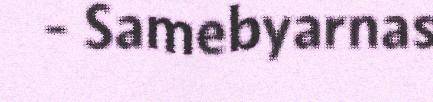
- Samebyarnas